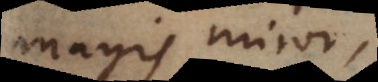
magis miror,